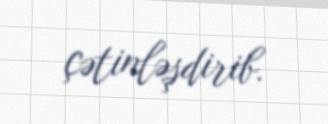
çətinləşdirib.